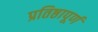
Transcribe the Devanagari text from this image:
प्रतिष्ठापूर्ण